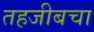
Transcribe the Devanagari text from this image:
तहजीबचा